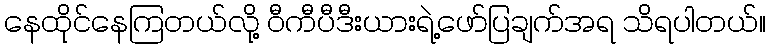
နေထိုင်နေကြတယ်လို့ ဝီကီပီဒီးယားရဲ့ဖော်ပြချက်အရ သိရပါတယ်။